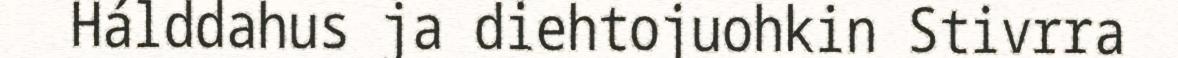
Hálddahus ja diehtojuohkin Stivrra